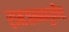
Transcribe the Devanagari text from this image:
रामजन्मभूमीचा